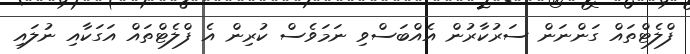
ފްލެޓްތައް ގަންނަން ސަރުކާރުން އެއްބަސްވި ނަމަވެސް ކުރިން އެ ފްލެޓްތައް އަގަކާއި ނުލައި